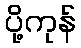
ပို့ကုန်